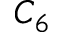
C _ { 6 }